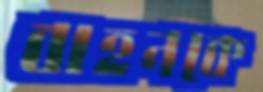
বাহনকে